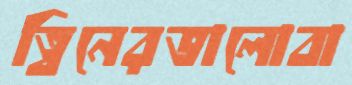
ত্বিনেরভালোবা